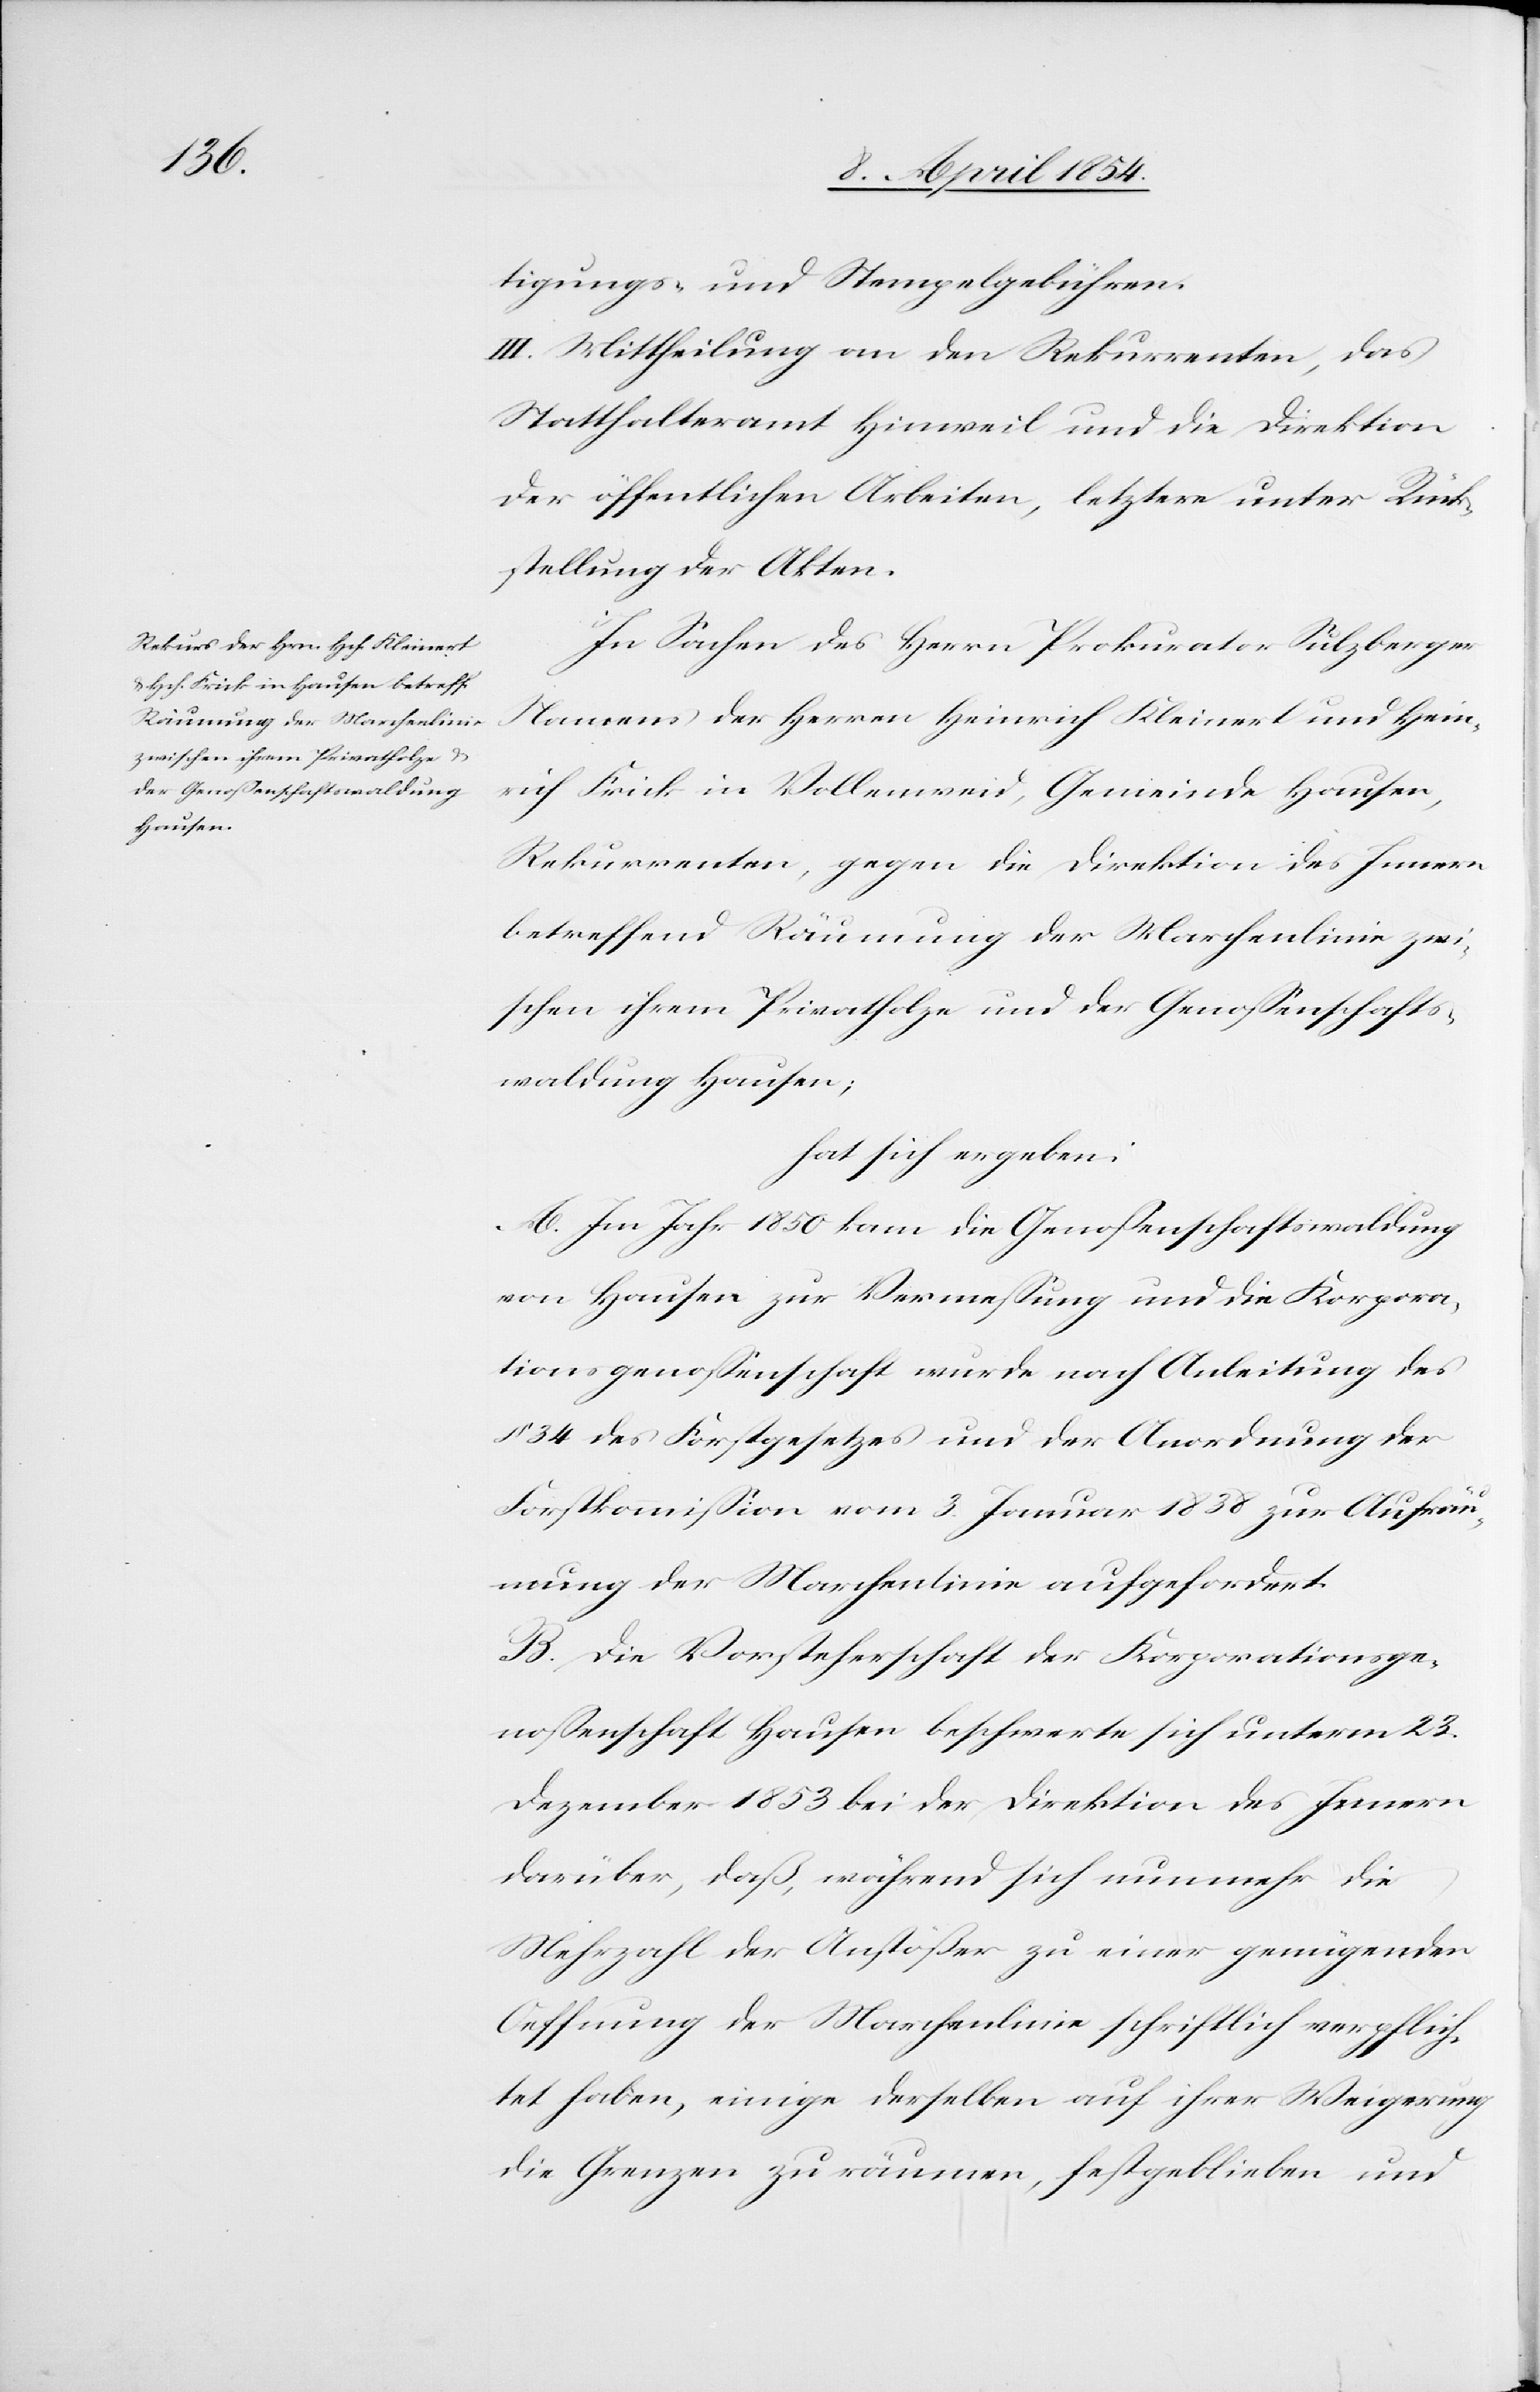
tigungs- und Stempelgebühren.
III. Mittheilung an den Rekurrenten, das
Statthalteramt Hinweil und die Direktion
der öffentlichen Arbeiten, letztere unter Rück¬
stellung der Akten.
In Sachen des Herrn Prokurator Sulzberger
namens der Herren Heinrich Kleinert und Hein¬
rich Frick in Vollenweid, Gemeinde Hausen,
Rekurrenten, gegen die Direktion des Innern
betreffend Räumung der Marchenlinie zwi¬
schen ihrem Privatholze und der Genoßenschafts¬
waldung Hausen;
hat sich ergeben:
A. Im Jahr 1850 kam die Genoßenschaftswaldung
von Hausen zur Vermeßung und die Korpora¬
tionsgenoßenschaft wurde nach Anleitung des
§ 34 des Forstgesetzes und der Anordnung der
Forstkommißion vom 3. Januar 1838 zur Aufräu¬
mung der Marchlinie aufgefordert.
B. Die Vorsteherschaft der Korporationsge¬
noßenschaft Hausen beschwerte sich unterm 23.
Dezember 1853 bei der Direktion des Innern
darüber, daß, während sich nunmehr die
Mehrzahl der Anstößer zu einer genügenden
Oeffnung der Marchenlinie schriftlich verpflich¬
tet haben, einige derselben auf ihrer Weigerung
die Grenzen zu räumen, festgeblieben und